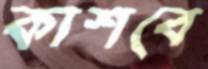
কাশবে